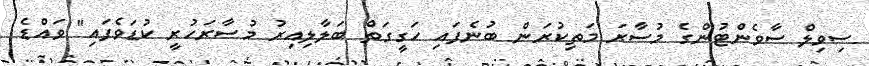
ސިވިލް ސާވެންޓުންގެ މުސާރަ މަތިކުރަން ބުނެފައި ހަގީގަތް ބަލާލިިއިރު މުސާރަހުރީ ކުޑަވެފައި" ވައްޑެ